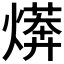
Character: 𭶄